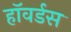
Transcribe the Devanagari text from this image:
हॉवर्डस